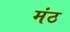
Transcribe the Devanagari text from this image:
मंठ